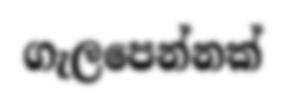
ගැලපෙන්නක්